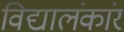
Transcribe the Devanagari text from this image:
विद्यालंकांर